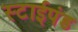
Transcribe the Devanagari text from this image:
स्टाईपंड